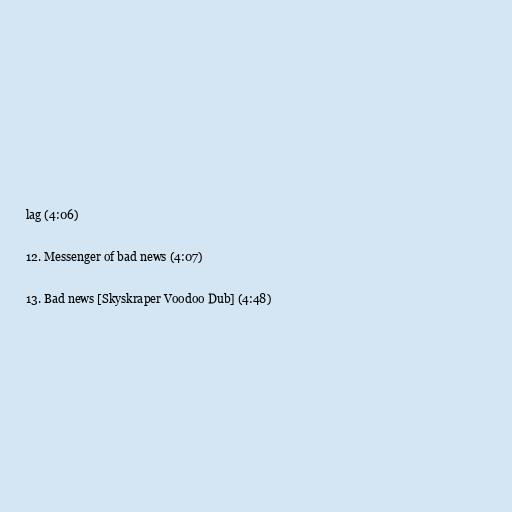
lag (4:06)

12. Messenger of bad news (4:07)

13. Bad news [Skyskraper Voodoo Dub] (4:48)